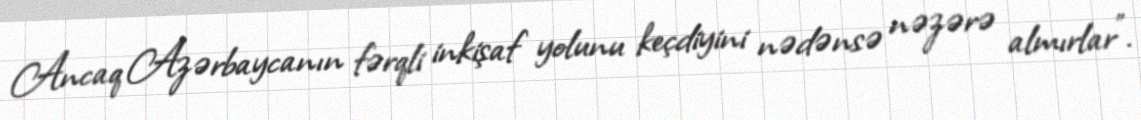
Ancaq Azərbaycanın fərqli inkişaf yolunu keçdiyini nədənsə nəzərə almırlar”.